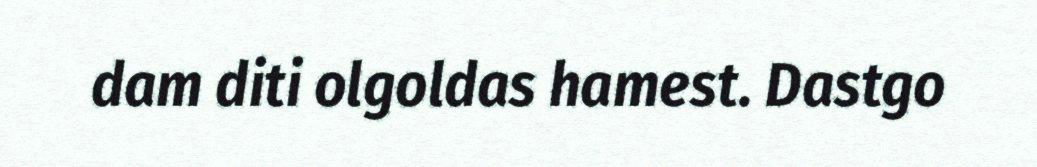
dam diti olgoldas hamest. Dastgo